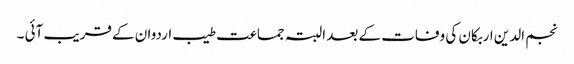
نجم الدین اربکان کی وفات کے بعد البتہ جماعت طیب اردوان کے قریب آئی ۔